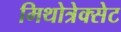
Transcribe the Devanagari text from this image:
मिथोत्रेक्सेट